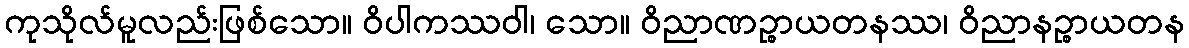
ကုသိုလ်မူလည်းဖြစ်သော။ ဝိပါကဿဝါ၊ သော။ ဝိညာဏဉ္စာယတနဿ၊ ဝိညာနဉ္စာယတန